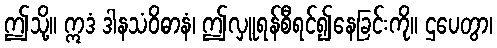
ဤသို့။ ဣဒံ ဒါနသံဝိဓာနံ၊ ဤလှူရန်စီရင်၍နေခြင်းကို။ ဌပေတွာ၊